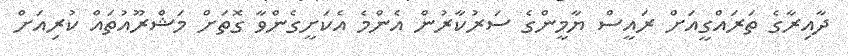
ދާއިރާގެ ތަރައްގީއަށް ރައީސް ޔާމީންގެ ސަރުކާރުން އެންމެ އެކަށީގެންވާ ގޮތަށް މަޝްރޫއުތައް ކުރިއަށް